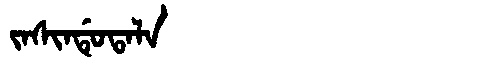
Manchu: ᠵᠠᠰᡳᠨᡩᡠᡨᠠᠯᠠ
Romanization: JASINDUTALA